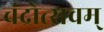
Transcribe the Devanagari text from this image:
चंद्रोत्सवम्